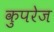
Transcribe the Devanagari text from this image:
कुपरेज